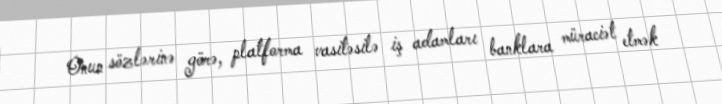
Onun sözlərinə görə, platforma vasitəsilə iş adamları banklara müraciət etmək